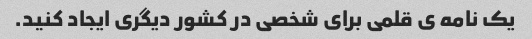
یک نامه ی قلمی برای شخصی در کشور دیگری ایجاد کنید.